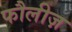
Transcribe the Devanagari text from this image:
फौलीज़